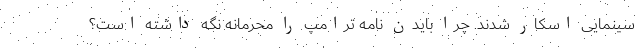
سینمایی اسکار شدند. چرا بایدن نامه ترامپ را محرمانه نگه داشته است؟